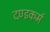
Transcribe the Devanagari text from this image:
दण्डकर्म